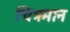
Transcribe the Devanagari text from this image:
चित्रमान